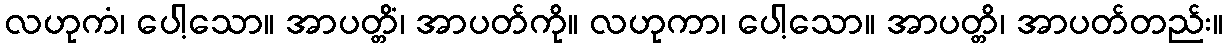
လဟုကံ၊ ပေါ့သော။ အာပတ္တိံ၊ အာပတ်ကို။ လဟုကာ၊ ပေါ့သော။ အာပတ္တိ၊ အာပတ်တည်း။